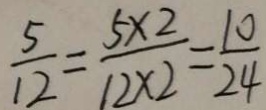
\frac { 5 } { 1 2 } = \frac { 5 \times 2 } { 1 2 \times 2 } = \frac { 1 0 } { 2 4 }